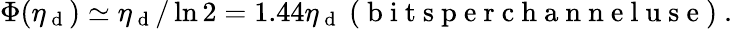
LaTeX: \Phi(\eta_{\mathrm{~d~}})\simeq\eta_{\mathrm{~d~}}/\ln 2=1.44\eta_{\mathrm{~d~}}\mathrm{~(~b~i~t~s~p~e~r~c~h~a~n~n~e~l~u~s~e~)~.~}